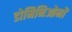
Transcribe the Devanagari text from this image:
डोमिनिओनों